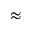
\approx